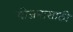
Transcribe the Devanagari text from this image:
योजनासाठी